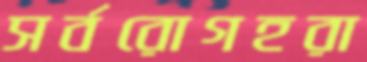
সর্বরোগহরা